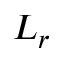
L _ { r }